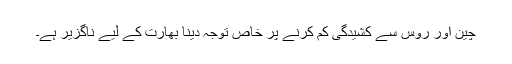
چین اور روس سے کشیدگی کم کرنے پر خاص توجہ دینا بھارت کے لیے ناگزیر ہے۔